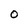
Character: O